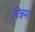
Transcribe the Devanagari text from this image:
चिन्नमा